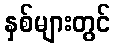
နှစ်များတွင်